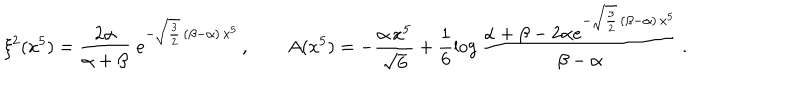
\xi ^ { 2 } ( x ^ { 5 } ) = \frac { 2 \alpha } { \alpha + \beta } \; e ^ { - \sqrt { \frac 3 2 } \, ( \beta - \alpha ) \, x ^ { 5 } } \, , \qquad A ( x ^ { 5 } ) = - \frac { \alpha \, x ^ { 5 } } { { \sqrt { 6 } } } + \frac { 1 } { 6 } \log \frac { \alpha + \beta - 2 \alpha e ^ { - \sqrt { \frac { 3 } { 2 } } \, ( \beta - \alpha ) \, x ^ { 5 } } } { \beta - \alpha } \, .